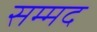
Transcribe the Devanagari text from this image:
सम्मद